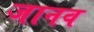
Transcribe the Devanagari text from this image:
जानव